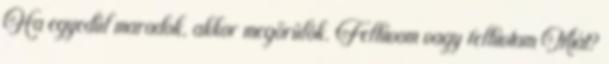
Ha egyedül maradok, akkor megőrülök. Felhívom vagy felhívtam Miát?